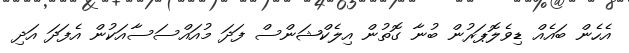
އެހެން ބައެއް ޑިވެލޮޕަރުން ބުނާ ގޮތުން އިލެކްޝަންސް ފަދަ މުއައްސަސާއަކުން އެފަދަ އަދި